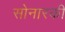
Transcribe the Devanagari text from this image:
सोनारकी